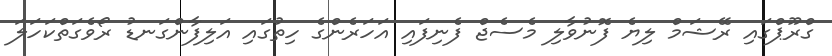
ގްރޫޕްގައި ރޭޝަމް ލިޔެ ފޮނުވާލި މެސެޖް ފެނިފައި އަހަރެންގެ ހިތުގައި އަލިފާންގަނޑު ރޯވެގަތްކަހަލަ